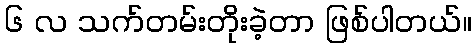
၆ လ သက်တမ်းတိုးခဲ့တာ ဖြစ်ပါတယ်။